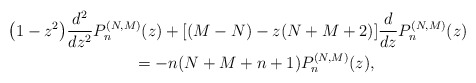
\begin{gather*} \big( 1-z^{2}\big) \frac{d^{2}}{dz^{2}}P_{n}^{(N,M) } ( z ) + [ (M-N)-z ( N+M+2 ) ] \frac{d}{dz} P_{n}^{(N,M) }(z) \\ \qquad{} = -n ( N+M+n+1 ) P_{n}^{(N,M) }(z) ,\end{gather*}